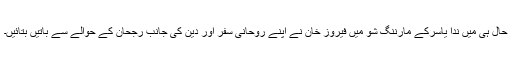
حال ہی میں ندا یاسرکے مارننگ شو میں فیروز خان نے اپنے روحانی سفر اور دین کی جانب رجحان کے حوالے سے باتیں بتائیں۔